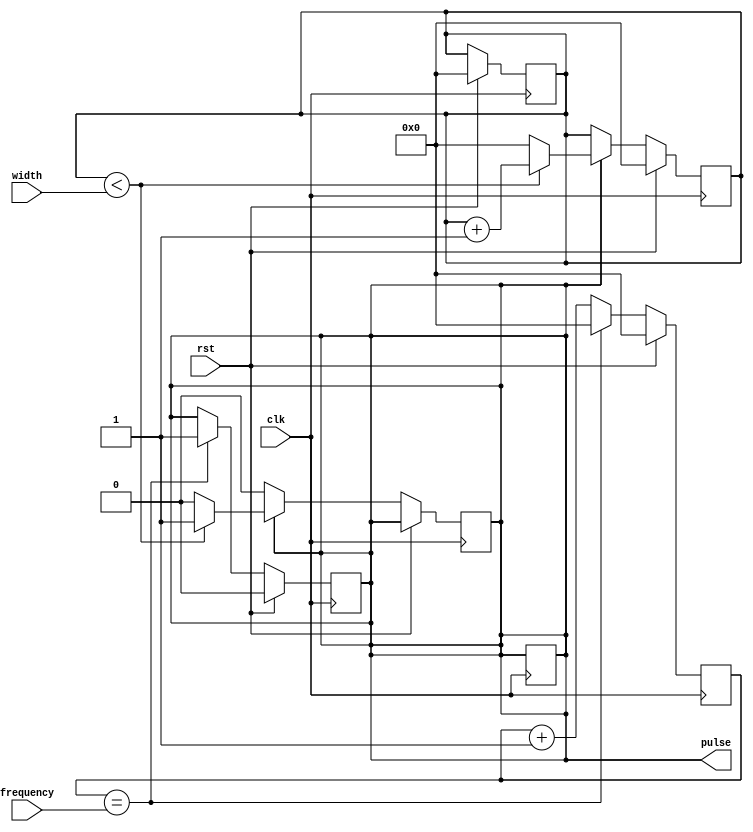
module PulseGenerator (
    input wire clk,
    input wire rst,
    input wire width,
    input wire frequency,
    output reg pulse
);

reg [31:0] count = 0;
reg [31:0] width_counter = 0;
reg sync_pulse = 0;

always @ (posedge clk) begin
    if (rst) begin
        count <= 0;
        width_counter <= 0;
        pulse <= 0;
    end else begin
        count <= count + 1;
        if (count == frequency) begin
            count <= 0;
            pulse <= 1;
        end
    end
end

always @ (posedge clk) begin
    if (rst) begin
        width_counter <= 0;
    end else begin
        if (pulse) begin
            if (width_counter < width) begin
                width_counter <= width_counter + 1;
            end else begin
                width_counter <= 0;
                pulse <= 0;
            end
        end
    end
end

always @ (posedge clk) begin
    sync_pulse <= pulse;
end

assign pulse = sync_pulse;

endmodule